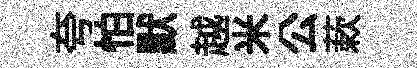
夸怕默越米公蔌